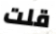
قلت